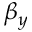
\beta _ { y }